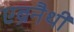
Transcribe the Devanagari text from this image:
एब्रनैथी